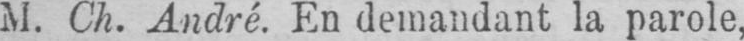
M. Ch. André. En demandant la parole,